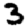
Digit: 3